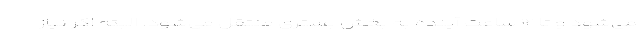
می‌شود و تا ۱۲ ساعت آینده به بخش بستری منتقل می‌شود. البته اگر نیاز